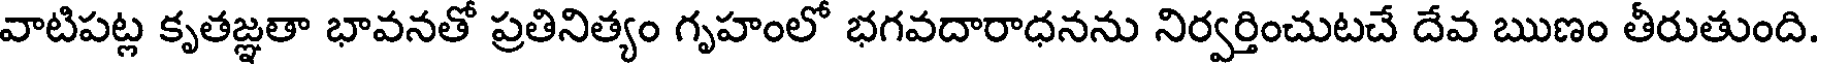
వాటిపట్ల కృతజ్ఞతా భావనతో ప్రతినిత్యం గృహంలో భగవదారాధనను నిర్వర్తించుటచే దేవ ఋణం తీరుతుంది